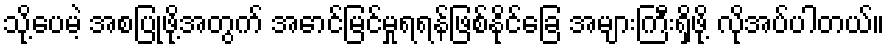
သို့ပေမဲ့ အစပြုဖို့အတွက် အောင်မြင်မှုရရန်ဖြစ်နိုင်ခြေ အများကြီးရှိဖို့ လိုအပ်ပါတယ်။